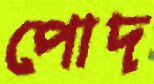
পোদ